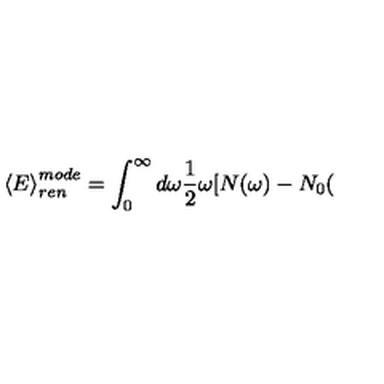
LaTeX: \left< E \right> _ { r e n } ^ { m o d e } = \int _ { 0 } ^ { \infty } d \omega \frac { 1 } { 2 } \omega [ N ( \omega ) - N _ { 0 } (